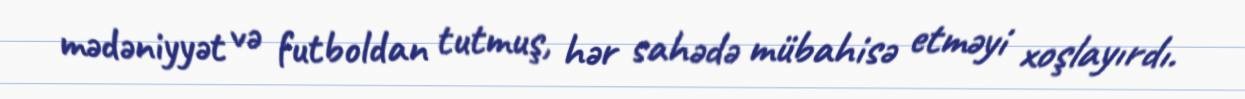
mədəniyyət və futboldan tutmuş, hər sahədə mübahisə etməyi xoşlayırdı.